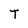
Character: T